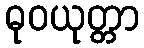
ဓုဝယုတ္တာ